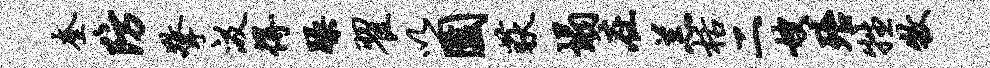
奎防擎汲得躁翟以园荻塌在羔栝二嫂殆牲牧